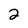
Character: 2